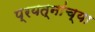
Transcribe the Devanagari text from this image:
प्रयत्नांच्या